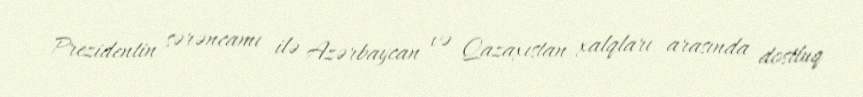
Prezidentin sərəncamı ilə Azərbaycan və Qazaxıstan xalqları arasında dostluq